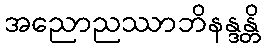
အညောညဿာဘိနန္ဒန္တိ